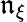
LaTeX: \mathfrak{n}_{\xi}